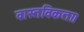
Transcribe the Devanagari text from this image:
वास्तविकता।